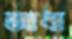
আধা